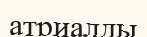
атриалды